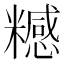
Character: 𥽇